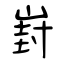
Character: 崶